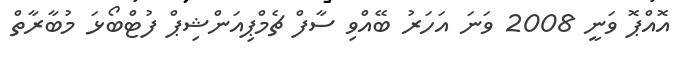
އޮއްޕޮ ވަނީ 2008 ވަނަ އަހަރު ބޭއްވި ސާފް ޗެމްޕިއަންޝިޕް ފުޓްބޯޅަ މުބާރާތް